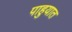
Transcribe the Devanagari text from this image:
पाहुयात